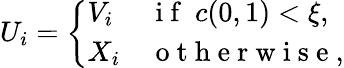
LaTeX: U_{i}=\left\{ \begin{array}{ll}{V_{i}}&{\mathrm{~i~f~}\ c(0,1)<\xi,}\\ {X_{i}}&{\mathrm{~o~t~h~e~r~w~i~s~e~},}\end{array}\right.